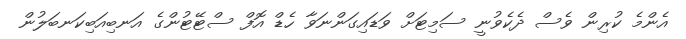
އެންމެ ކުރިން ވެސް ދެކެވުނީ ސަމިޓަށް ވަޑައިގަންނަވާ ހެޑް އޮފް ސްޓޭޓުންގެ އަނބިއަބިކަނބަލުން